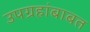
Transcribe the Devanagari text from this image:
उपग्रहांबाबत